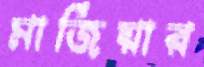
মার্জিয়ার